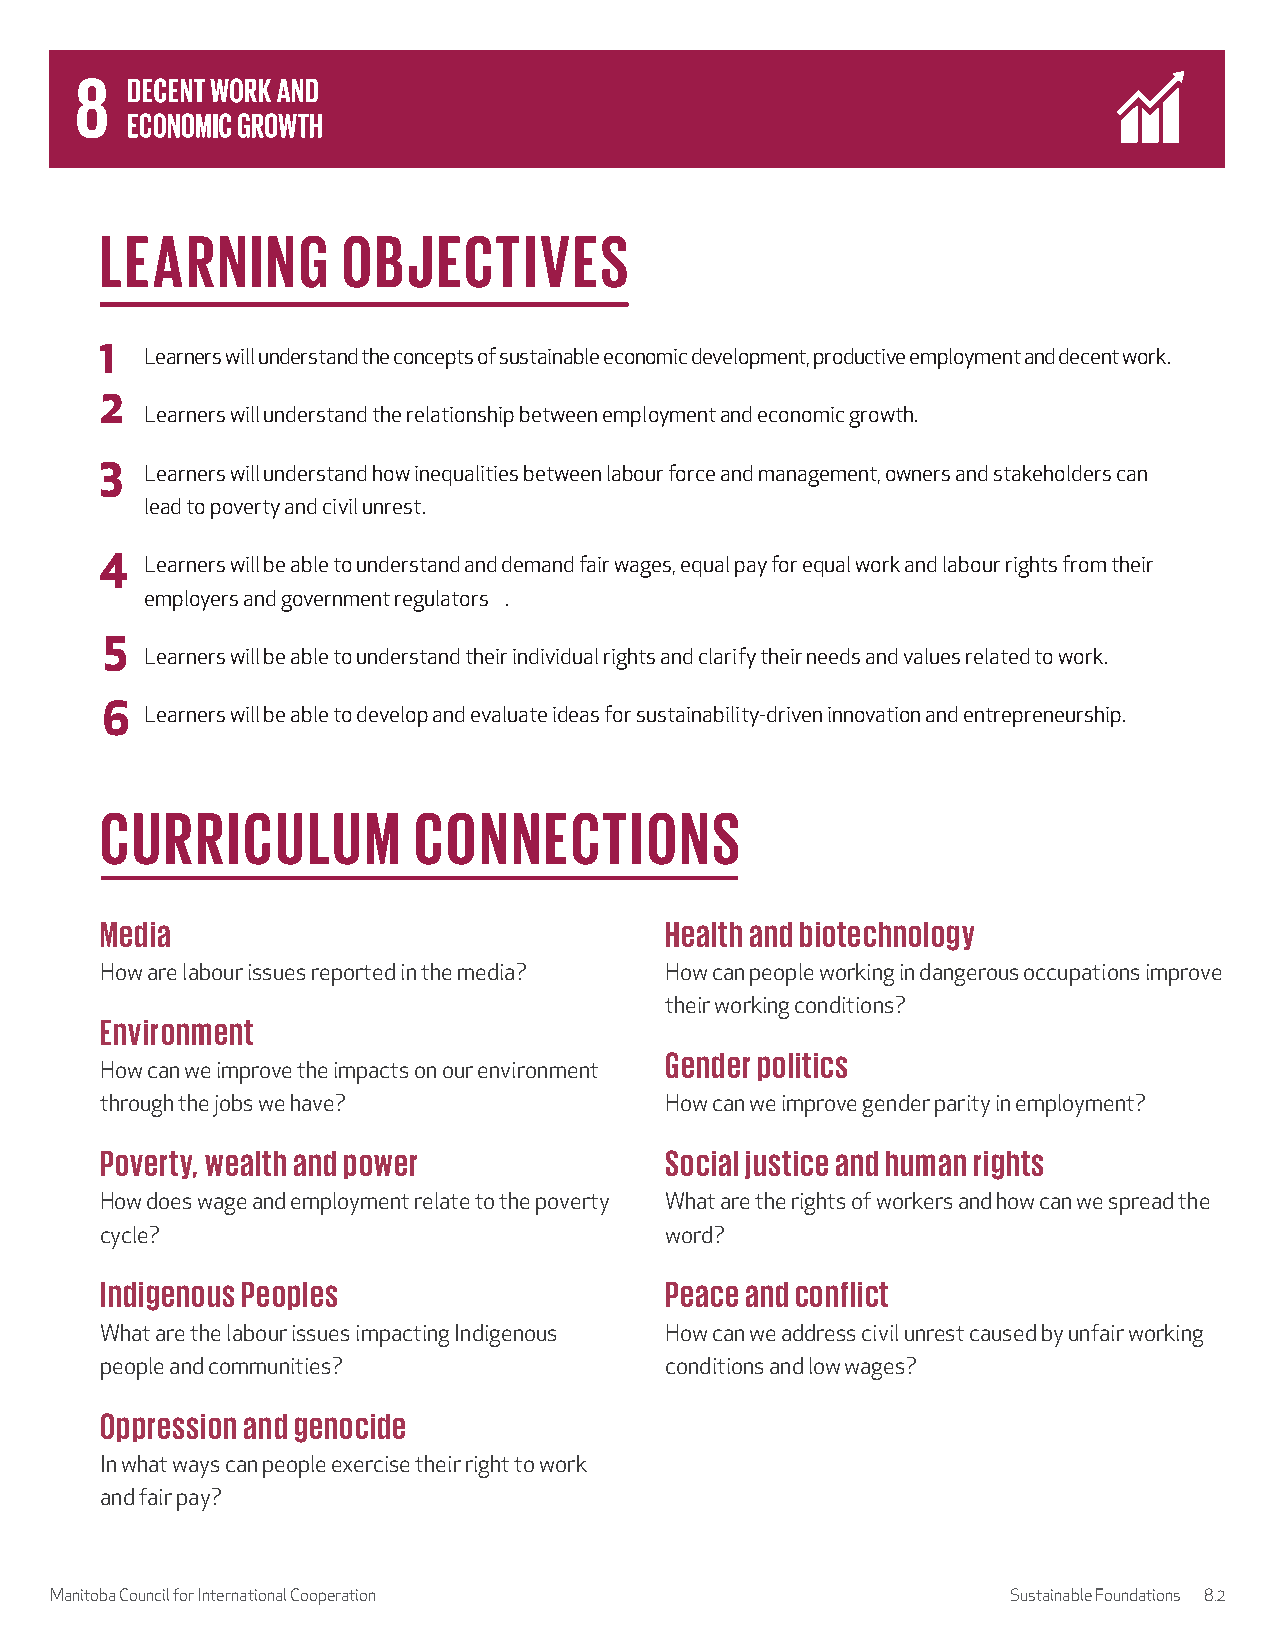
LEARNING        OBJECTIVES
 1
 Learners will understand the concepts of sustainable economic development, productive employment and decent work.
 2
 Learners will understand the relationship between employment and economic growth.
 3
 Learners will understand how inequalities between labour force and management, owners and stakeholders can
 lead to poverty and civil unrest.
 4
 Learners will be able to understand and demand fair wages, equal pay for equal work and labour rights from their
 employers and government regulators .
 5
 Learners will be able to understand their individual rights and clarify their needs and values related to work.
 6  Learners will be able to develop and evaluate ideas for sustainability-driven innovation and entrepreneurship.
 CURRICULUM          CONNECTIONS
 Media                                Health and biotechnology
 How are labour issues reported in the media? How can people working in dangerous occupations improve
 their working conditions?
 Environment
 Gender politics
 How can we improve the impacts on our environment
 through the jobs we have?            How can we improve gender parity in employment?
 Poverty, wealth and power            Social justice and human rights
 How does wage and employment relate to the poverty What are the rights of workers and how can we spread the
 cycle?                               word?
 Indigenous Peoples                   Peace and conflict
 What are the labour issues impacting Indigenous How can we address civil unrest caused by unfair working
 people and communities?              conditions and low wages?
 Oppression and genocide
 In what ways can people exercise their right to work
 and fair pay?
 Manitoba Council for International Cooperation                  Sustainable Foundations 8.2